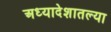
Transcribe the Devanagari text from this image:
अध्यादेशातल्या